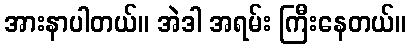
အားနာပါတယ်။ အဲဒါ အရမ်း ကြီးနေတယ်။